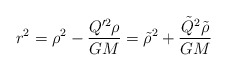
\begin{align*}r^{2} = \rho^{2} - \frac{Q'^{2} \rho}{GM} ={\tilde \rho}^{2} + \frac{{\tilde Q}^{2}{\tilde \rho}}{GM}\end{align*}